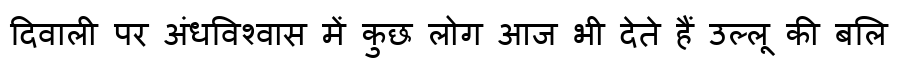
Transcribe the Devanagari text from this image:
दिवाली पर अंधविश्वास में कुछ लोग आज भी देते हैं उल्लू की बलि